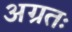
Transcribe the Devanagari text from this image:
अग्रतः